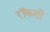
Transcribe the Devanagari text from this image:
रॉकसी